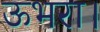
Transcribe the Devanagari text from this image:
ऊभरा।